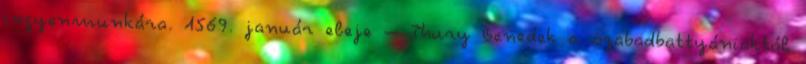
ingyenmunkára. 1569. január eleje – Thury Benedek a szabadbattyániaktól